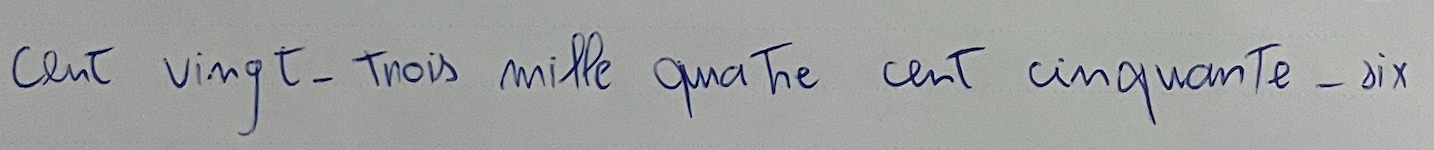
cent vingt-trois mille quatre cent cinquante-six